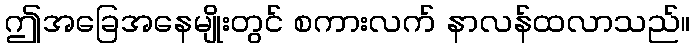
ဤအခြေအနေမျိုးတွင် စကားလက် နာလန်ထလာသည်။